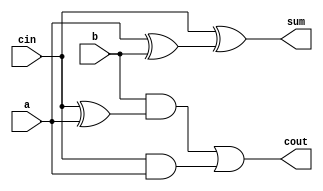
/* somador de um bit */
module half_adder (
    input wire cin,
    input wire a,
    input wire b,
    output wire sum,
    output wire cout
);

    assign sum = cin ^ (a ^ b);
    assign cout = b & (cin ^ a) | cin & a;

endmodule //half_adder